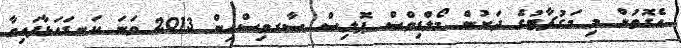
އެގޮތުން މި މަގުޗާޓުގެ ދަށުން މޯލްޑިވްސް ޕޮލިސް ސާރވިސްއިން 2013 ވަނަ ކަނޑައަޅާފައިވާ